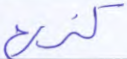
كزرع